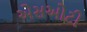
એસઓટી